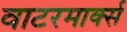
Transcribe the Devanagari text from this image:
वाटरमार्क्स